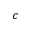
c